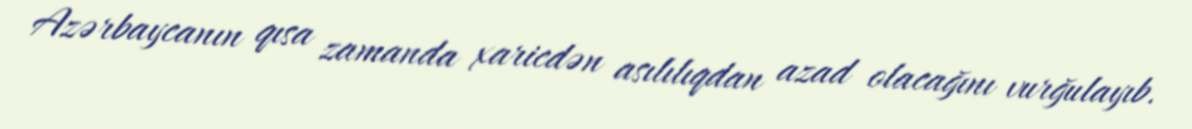
Azərbaycanın qısa zamanda xaricdən asılılıqdan azad olacağını vurğulayıb.